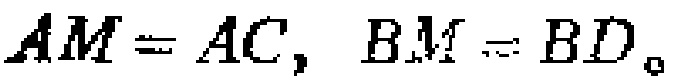
$AM = AC, BM = BD。$